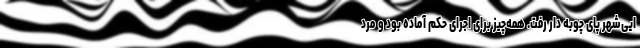
ایی‌شهر پای چوبه دار رفت. همه‌چیز برای اجرای حکم آماده بود و مرد